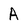
Character: A